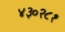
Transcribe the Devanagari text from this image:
४३०२८१